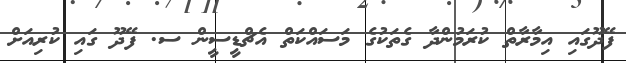
ފޭދޫގައި އިމާރާތް ކުރަމުންދާ ގެތަކުގެ މަސައްކަތް އެޗްޑީސީން ސ. ފޭދޫ ގައި ކުރިއަށް